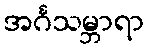
အင်္ဂသမ္ဘာရာ